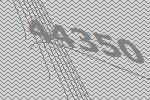
44350